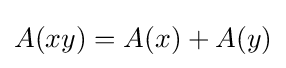
A(xy)=A(x)+A(y)